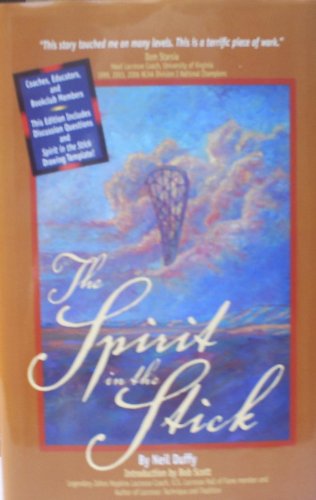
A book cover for The Spirit in the Stick; Neil Duffy; Sports & Outdoors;